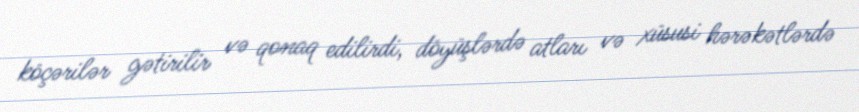
köçərilər gətirilir və qonaq edilirdi, döyüşlərdə atları və xüsusi hərəkətlərdə